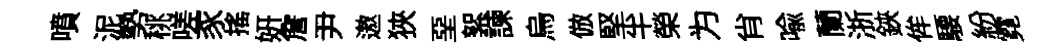
噴泥勢桃嗟豕搖妍詹尹遨狹堊絮諫烏倣堅半榮为肖喩蘭浙鋏侔騕紛霓